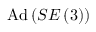
\mathrm { A d } \left( S E \left( 3 \right) \right)